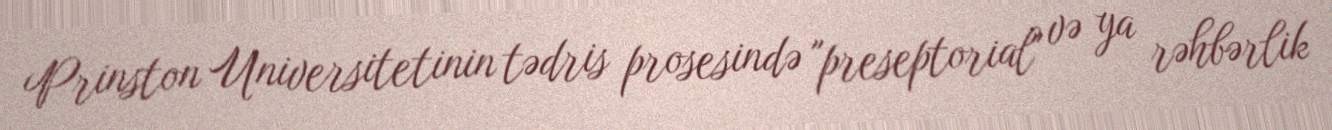
Prinston Universitetinin tədris prosesində "preseptorial" və ya rəhbərlik